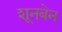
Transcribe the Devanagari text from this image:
शूनबेन